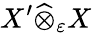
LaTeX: X^{\prime}{\widehat{\otimes}}_{\varepsilon}X